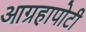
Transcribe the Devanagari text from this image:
आग्रहापोटी